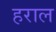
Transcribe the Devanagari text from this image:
हराल